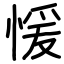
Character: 愋